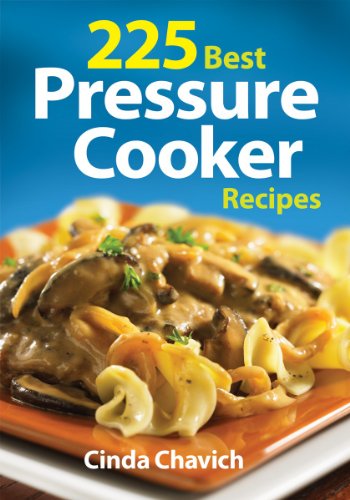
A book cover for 225 Best Pressure Cooker Recipes; Cinda Chavich; Cookbooks, Food & Wine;